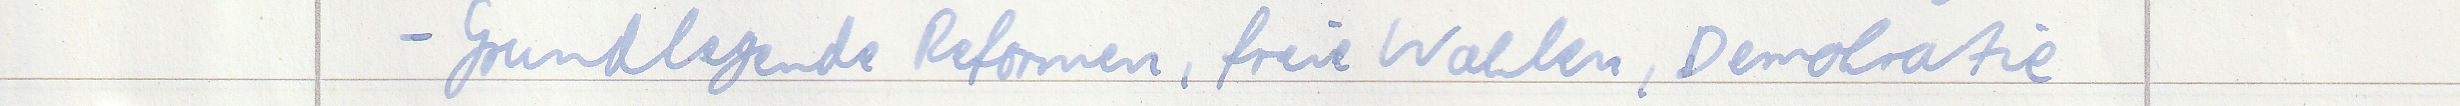
- Grundlegende Reformen, freie Wahlen, Demokratie